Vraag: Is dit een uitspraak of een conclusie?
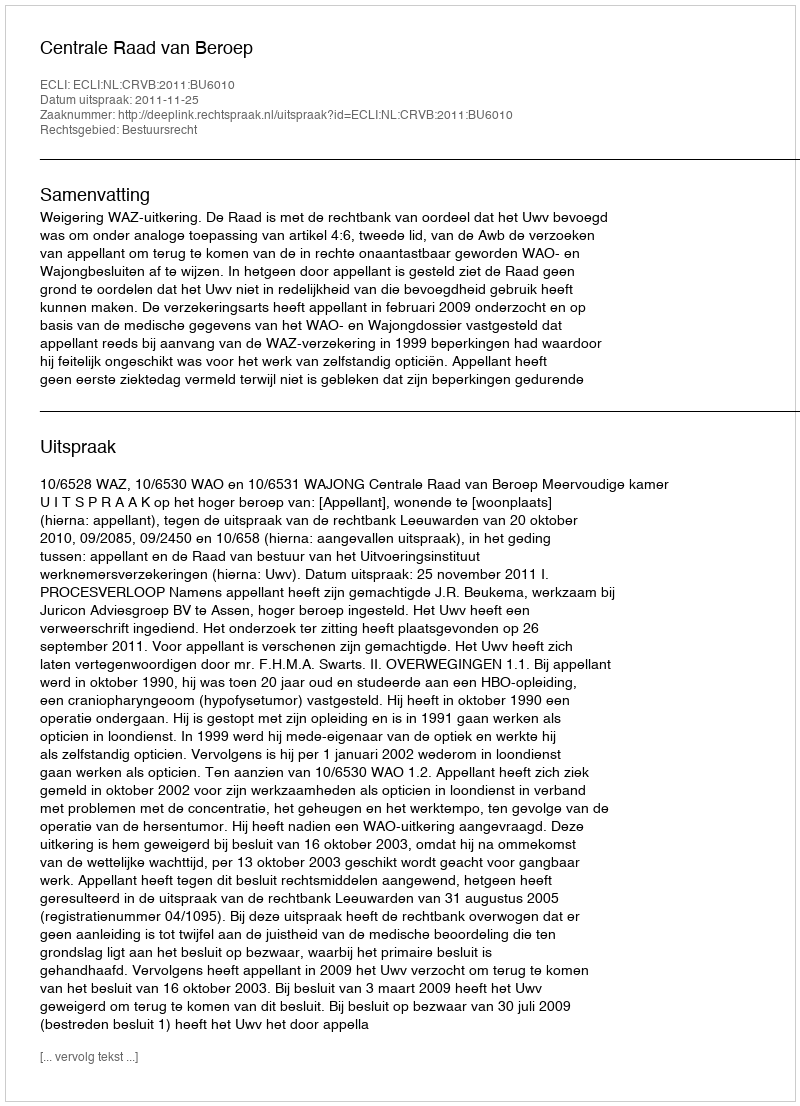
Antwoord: Uitspraak